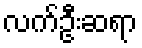
လက်ဦးဆရာ